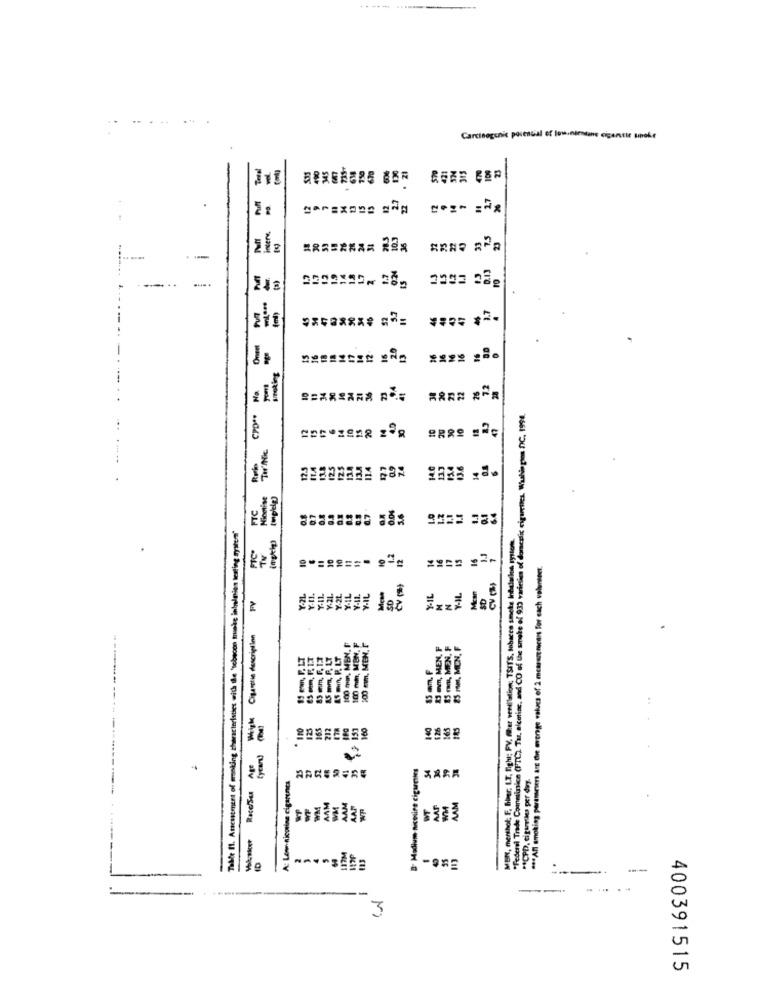
Carcinogenic potential of low-némtane cigentie spoke
intere.
21
smoking
THANK CPD".
3 variation of Concalix rigualles, Washio go DC, 1994.
14.0
imptig)
FIC
1.0
Tilde Il. Ancustment of moking characteristics with the 'sobecon trueke intelnies testing system"
(mpthe)
MEN, menthol; F, Biber. L.T. Righi; PV, Mer ventilation; TSITS, tobacco smoke Inbclarion rysten.
==== ===
CO of the smoke of 933 varieties of
*** Al smoking paratimers ate Chie mvorge values of 2 mcasermeans For each volunteer.
Y-IL
SD
PY
------- ..
Cigarstie description
Im, MEN,
MEN,
M, MION
-
*Federal Trade Comminice (FIL:) Tur, aicetime, and Co
140
B- Modium nicesire cigarettes
** CPD, cigurties per day.
Race/Sas
A: Lowe-nicotine cigarencs
MAM
113
-----
3
400391515